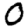
Digit: 0